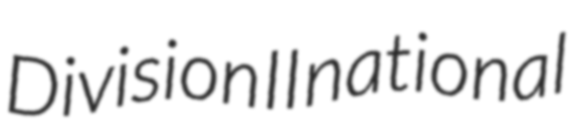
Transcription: Division II national